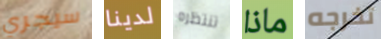
سيجري لدينا تنتظره ماذا تخرجه